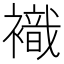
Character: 𧝊